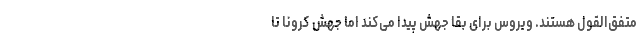
متفق‌القول هستند. ویروس برای بقا جهش پیدا می‌کند اما جهش کرونا تا